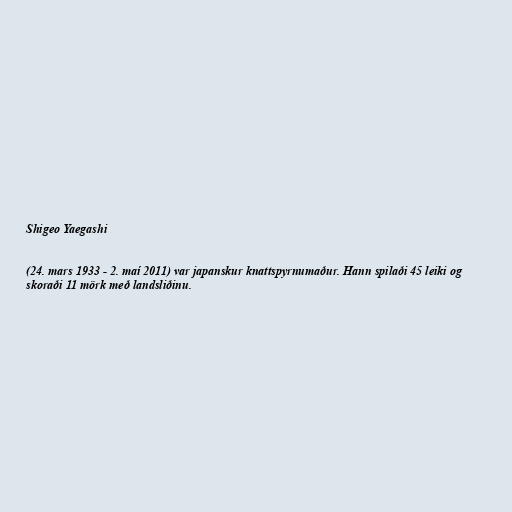
Shigeo Yaegashi

(24. mars 1933 - 2. maí 2011) var japanskur knattspyrnumaður. Hann spilaði 45 leiki og
skoraði 11 mörk með landsliðinu.